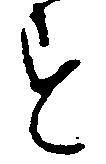
す